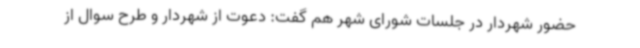
حضور شهردار در جلسات شورای شهر هم گفت: دعوت از شهردار و طرح سوال از